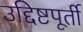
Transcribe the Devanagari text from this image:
उद्दिष्टपूर्ती